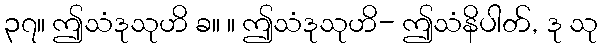
၃၇။ ဤသံဒုသုဟိ ခ။ ။ ဤသံဒုသုဟိ- ဤသံနိပါတ်, ဒု သု